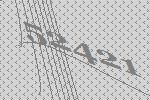
52421